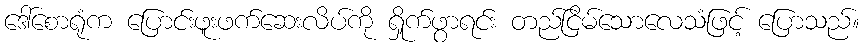
ဒေါ်စောရုံက ပြောင်းဖူးဖက်ဆေးလိပ်ကို ရှိုက်ဖွာရင်း တည်ငြိမ်သောလေသံဖြင့် ပြောသည်။